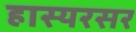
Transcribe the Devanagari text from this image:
हास्यरसर